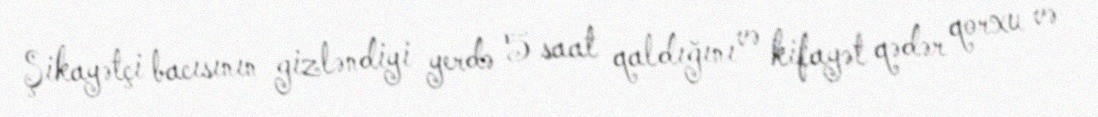
Şikayətçi bacısının gizləndiyi yerdə 5 saat qaldığını və kifayət qədər qorxu və